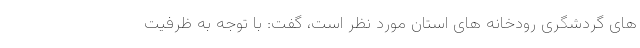
های گردشگری رودخانه های استان مورد نظر است، گفت: با توجه به ظرفیت